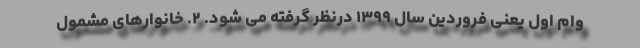
وام اول یعنی فروردین سال ۱۳۹۹ درنظر گرفته می شود. ۲. خانوارهای مشمول